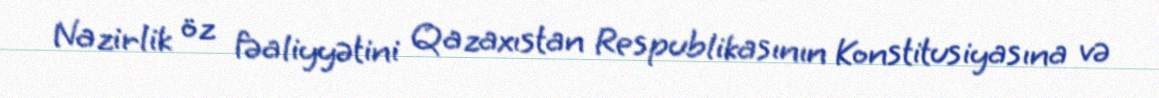
Nazirlik öz fəaliyyətini Qazaxıstan Respublikasının Konstitusiyasına və